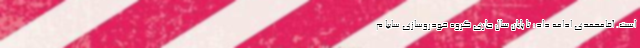
است. آقامحمدی ادامه داد: تا پایان سال جاری گروه خودروسازی سایپا م